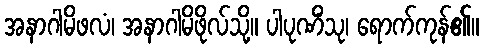
အနာဂါမိဖလံ၊ အနာဂါမိဖိုလ်သို့။ ပါပုဏိံသု၊ ရောက်ကုန်၏။